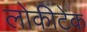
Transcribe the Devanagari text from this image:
लोकीटेक